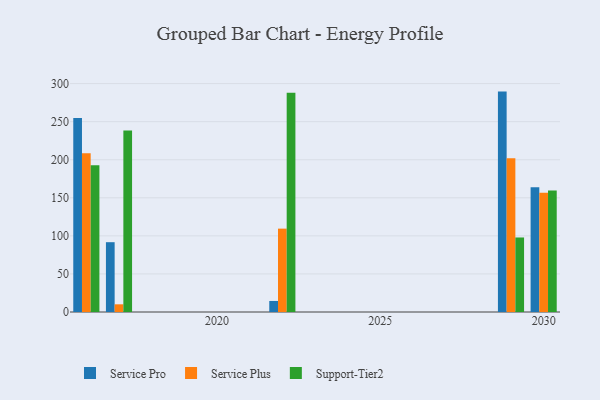
{"axis": {"x": "Year", "y": "Tickets Resolved"}, "legend": ["Service Plus", "Service Pro", "Support-Tier2"], "data": [{"x": "2022", "y": 14.5, "type": "Service Pro"}, {"x": "2022", "y": 109.5, "type": "Service Plus"}, {"x": "2022", "y": 288.1, "type": "Support-Tier2"}, {"x": "2016", "y": 254.8, "type": "Service Pro"}, {"x": "2016", "y": 208.6, "type": "Service Plus"}, {"x": "2016", "y": 192.7, "type": "Support-Tier2"}, {"x": "2030", "y": 163.7, "type": "Service Pro"}, {"x": "2030", "y": 156.6, "type": "Service Plus"}, {"x": "2030", "y": 159.5, "type": "Support-Tier2"}, {"x": "2029", "y": 289.5, "type": "Service Pro"}, {"x": "2029", "y": 201.9, "type": "Service Plus"}, {"x": "2029", "y": 97.9, "type": "Support-Tier2"}, {"x": "2017", "y": 91.7, "type": "Service Pro"}, {"x": "2017", "y": 10.1, "type": "Service Plus"}, {"x": "2017", "y": 238.4, "type": "Support-Tier2"}]}